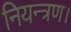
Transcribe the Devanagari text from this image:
नियन्त्रण।